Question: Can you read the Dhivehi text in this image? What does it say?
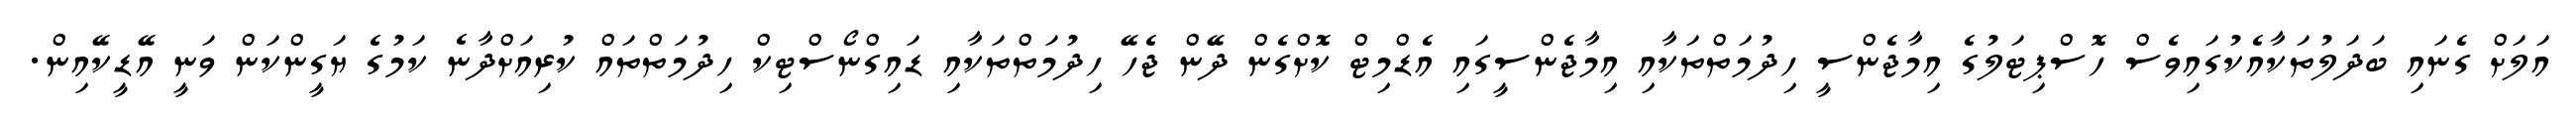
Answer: އަލަށް ގެނައި ބަދަލުތަކާއެކުގައިވެސް ހޮސްޕިޓަލުގެ އިމާޖެންސީ ހިދުމަތްތަކާއި އިމާޖެންސީގައި އެޑްމިޓް ކޮށްގެން ދޭން ޖެހޭ ހިދުމަތްތަކާއި ޑައިގްނޯސްޓިކް ހިދުމަތްތައް ކުރިއަށްދާނެ ކަމުގެ ޔަގީންކަން ވަނީ އޭޑީކޭއިން.